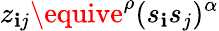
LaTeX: z_{\mathbf{i}j}\equive^{\rho}(s_{\mathbf{i}}s_{j})^{\alpha}